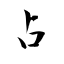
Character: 占